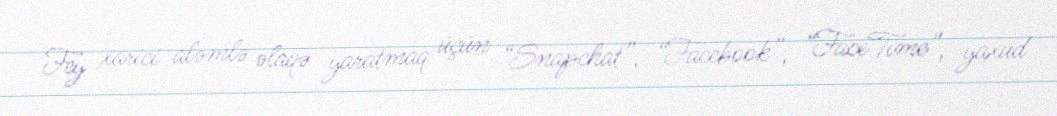
Fey xarici aləmlə əlaqə yaratmaq üçün “Snapchat”, “Facebook”, “FaceTime”, yaxud